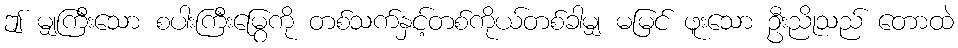
ဤ မျှကြီးသော စပါးကြီးမြွေကို တစ်သက်နှင့်တစ်ကိုယ်တစ်ခါမျှ မမြင် ဖူးသော ဦးညိုသည် တောထဲ